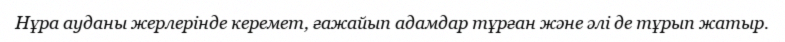
Нұра ауданы жерлерінде керемет, ғажайып адамдар тұрған және әлі де тұрып жатыр.